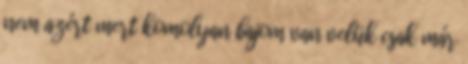
nem azért mert komolyan bajom van velük csak már